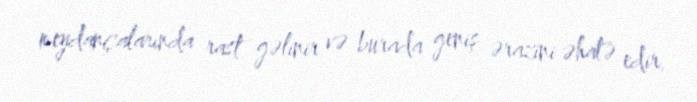
meydançalarında rast gəlinir və burada geniş ərazini əhatə edir.